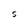
Character: S